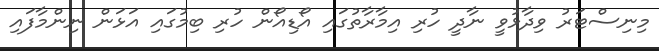
މިނިސްޓަރު ވިދާޅުވީ ނާދީ ހުރި އިމާރާތުގައި އޯޑިއޯން ހުރި ބިމުގައި އަޅަން ނިންމާފައި